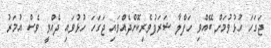
ޖަގަހަ ހުޅުވުމަށް ބޭއްވި ހަފްލާ ޝަރަފުވެރިކޮށްދެއްވައި ޖަގަހަ ހުޅުވައި ދެއްވީ ވެސް އުމަރު